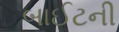
બાઈટની